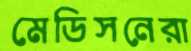
মেডিসনেরা